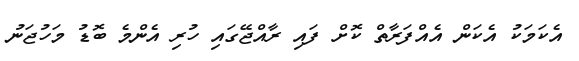
އެކަަމަކު އެކަން އެއްފަރާތް ކޮށް ފައި ރާއްޖޭގައި ހުރި އެންމެ ބޮޑު މަހުޖަނު